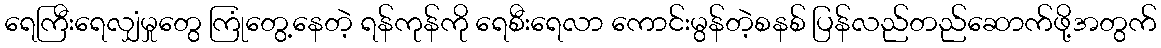
ရေကြီးရေလျှံမှုတွေ ကြုံတွေ့နေတဲ့ ရန်ကုန်ကို ရေစီးရေလာ ကောင်းမွန်တဲ့စနစ် ပြန်လည်တည်ဆောက်ဖို့အတွက်